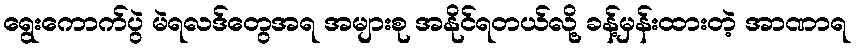
ရွေးကောက်ပွဲ မဲရလဒ်တွေအရ အများစု အနိုင်ရတယ်လို့ ခန့်မှန်းထားတဲ့ အာဏာရ